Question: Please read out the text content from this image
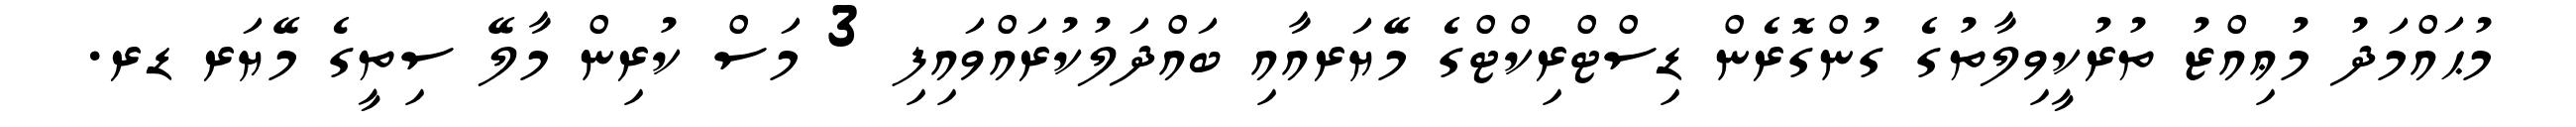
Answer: މުޙައްމަދު މުޢިއްޒު ތުރުކީވިލާތުގެ ގުންގޮރެން ޑިސްޓްރިކްޓްގެ މޭޔަރއާއި ބައްދަލުކުރައްވައިފި 3 މަސް ކުރިން މާލޭ ސިތީގެ މޭޔަރ ޑރ.